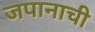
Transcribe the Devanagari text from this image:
जपानाची